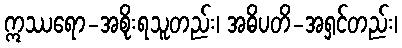
ဣဿရော-အစိုးရသူတည်း၊ အဓိပတိ-အရှင်တည်း၊